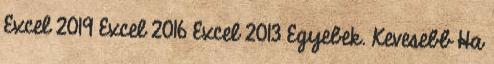
Excel 2019 Excel 2016 Excel 2013 Egyebek. Kevesebb Ha